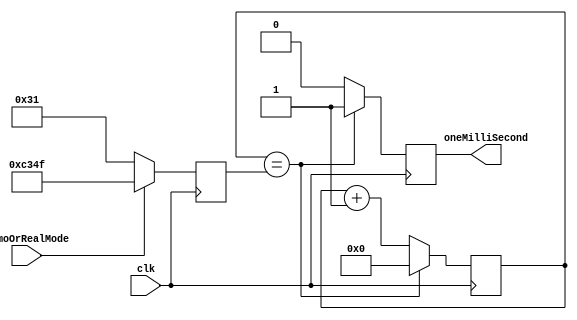
/*
Name: The Magnesium Team (Olanrewaju Ibironke, Su Hui Tan, Anitha Ramesh Puranik, Meghna Chittajallu)
Date: May 4, 2016
Project: One Millisecond Timer
*/
module OneMilliSecondTimer(demoOrRealMode, clk, oneMilliSecond);
input clk, demoOrRealMode;
output oneMilliSecond;

reg [15:0] rCount = 16'd0;
reg oneMilliSecond;
reg [15:0] realOrDemo;

// Sequential logic
always @(posedge clk)
begin
	if(demoOrRealMode == 0)begin
		realOrDemo <= 49;
	end
	else begin
		realOrDemo <= 49999;
	end
	if(rCount == realOrDemo) begin
		oneMilliSecond <= 1;
		rCount <= 16'd0;
	end
	else begin
		oneMilliSecond <= 0;
		rCount <= rCount + 16'd1;
	end
end
endmodule